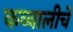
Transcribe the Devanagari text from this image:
कव्वालीचे